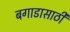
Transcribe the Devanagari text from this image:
बगाडासाठी